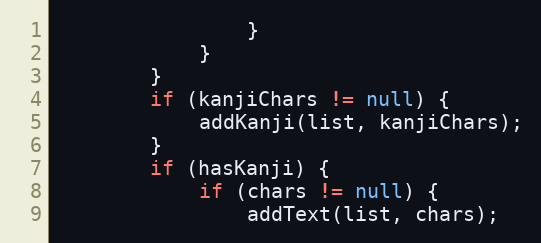
Language: Java
				}
			}
		}
		if (kanjiChars != null) {
			addKanji(list, kanjiChars);
		}
		if (hasKanji) {
			if (chars != null) {
				addText(list, chars);